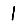
Digit: 1